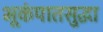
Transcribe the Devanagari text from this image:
भूकंपातसुद्धा